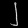
Digit: ၂